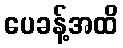
ပေခန့်အထိ